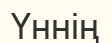
Үннің